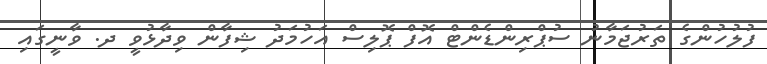
ފުލުހުންގެ ތަރުޖަމާނު ސުޕްރިންޑެންޓް އޮފް ޕޮލިސް އަހުމަދު ޝިފާން ވިދާޅުވީ ދ. ވާނީގައި